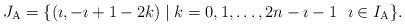
LaTeX: \begin{align*}J_{\mathrm{A}}=\{(\imath, -\imath+1-2k)\mid k=0, 1,\dots, 2n-\imath-1\ \ \imath\in I_{\mathrm{A}}\}. \end{align*}